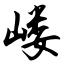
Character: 嵝